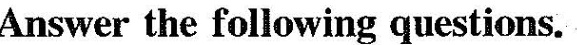
Answer the following questions.